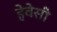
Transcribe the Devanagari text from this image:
हेवेसी